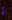
لم